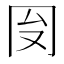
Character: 𱏻